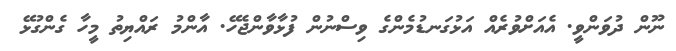
ނޫން ދުވަންވީ. އެއަށްވުރެއް އަޅުގަނޑުމެންގެ ވިސްނުން ފުޅާވާންޖެހޭ. އާންމު ރައްޔިތު މީހާ ގެންގުޅޭ